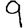
Digit: 9